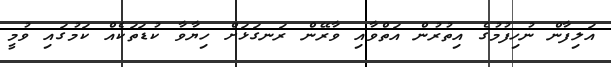
އަލިފާން ނުހިފުމުގެ އިތުރުން އަތްވާއި ވާރޭން ރަނގަޅަށް ހިޔާވާ ކުޑަތަކެއް ކަމުގައި ވުމީ